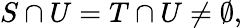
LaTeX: S\cap U=T\cap U\neq\emptyset,